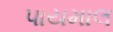
પાયમાલ